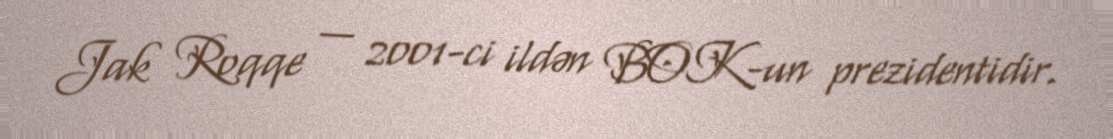
Jak Roqqe — 2001-ci ildən BOK-un prezidentidir.